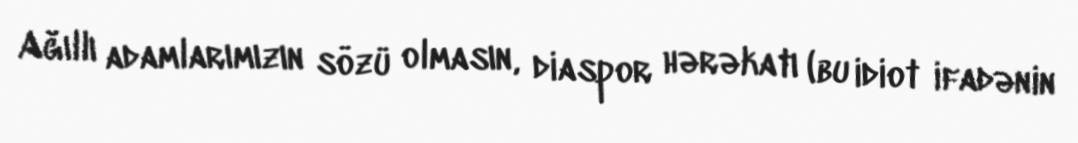
Ağıllı adamlarımızın sözü olmasın, diaspor hərəkatı (bu idiot ifadənin